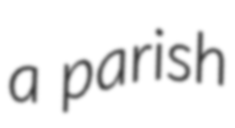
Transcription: a parish